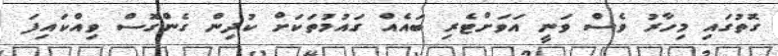
ގޮތުގައި މިހާރު ވެސް ވަނީ އަވަށްޓެރި ބައެއް ގައުމުތަކަށް ކުދިން ގެންގޮސް ވިއްކައިފަ